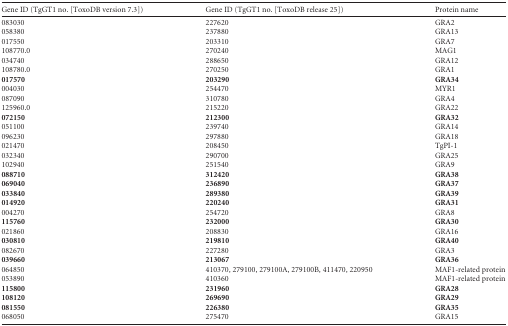
<table><thead><tr><td><b>Gene ID (TgGT1 no. [ToxoDB version 7.3])</b></td><td><b>Gene ID (TgGT1 no. [ToxoDB release 25])</b></td><td><b>Protein name</b></td></tr></thead><tbody><tr><td>083030</td><td>227620</td><td>GRA2</td></tr><tr><td>058380</td><td>237880</td><td>GRA13</td></tr><tr><td>017550</td><td>203310</td><td>GRA7</td></tr><tr><td>108770.0</td><td>270240</td><td>MAG1</td></tr><tr><td>034740</td><td>288650</td><td>GRA12</td></tr><tr><td>108780.0</td><td>270250</td><td>GRA1</td></tr><tr><td><b>017570</b></td><td><b>203290</b></td><td><b>GRA34</b></td></tr><tr><td>004030</td><td>254470</td><td>MYR1</td></tr><tr><td>087090</td><td>310780</td><td>GRA4</td></tr><tr><td>125960.0</td><td>215220</td><td>GRA22</td></tr><tr><td><b>072150</b></td><td><b>212300</b></td><td><b>GRA32</b></td></tr><tr><td>051100</td><td>239740</td><td>GRA14</td></tr><tr><td>096230</td><td>297880</td><td>GRA18</td></tr><tr><td>021470</td><td>208450</td><td>TgPI-1</td></tr><tr><td>032340</td><td>290700</td><td>GRA25</td></tr><tr><td>102940</td><td>251540</td><td>GRA9</td></tr><tr><td><b>088710</b></td><td><b>312420</b></td><td><b>GRA38</b></td></tr><tr><td><b>069040</b></td><td><b>236890</b></td><td><b>GRA37</b></td></tr><tr><td><b>033840</b></td><td><b>289380</b></td><td><b>GRA39</b></td></tr><tr><td><b>014920</b></td><td><b>220240</b></td><td><b>GRA31</b></td></tr><tr><td>004270</td><td>254720</td><td>GRA8</td></tr><tr><td><b>115760</b></td><td><b>232000</b></td><td><b>GRA30</b></td></tr><tr><td>021860</td><td>208830</td><td>GRA16</td></tr><tr><td><b>030810</b></td><td><b>219810</b></td><td><b>GRA40</b></td></tr><tr><td>082670</td><td>227280</td><td>GRA3</td></tr><tr><td><b>039660</b></td><td><b>213067</b></td><td><b>GRA36</b></td></tr><tr><td>064850</td><td>410370, 279100, 279100A, 279100B, 411470, 220950</td><td>MAF1-related protein</td></tr><tr><td>053890</td><td>410360</td><td>MAF1-related protein</td></tr><tr><td><b>115800</b></td><td><b>231960</b></td><td><b>GRA28</b></td></tr><tr><td><b>108120</b></td><td><b>269690</b></td><td><b>GRA29</b></td></tr><tr><td><b>081550</b></td><td><b>226380</b></td><td><b>GRA35</b></td></tr><tr><td>068050</td><td>275470</td><td>GRA15</td></tr></tbody></table>